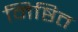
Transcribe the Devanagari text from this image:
निष्ठित